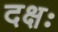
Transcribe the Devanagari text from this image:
दक्षः